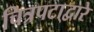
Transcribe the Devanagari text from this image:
चित्रपटा्द्वारे